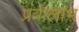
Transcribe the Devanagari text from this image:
प्रवालाभ